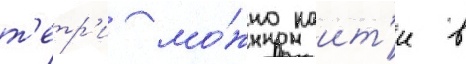
т'етр'и мо́жно наит'и в